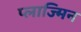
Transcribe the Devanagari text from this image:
प्लाज्मिन